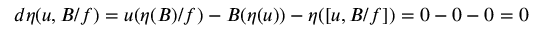
d \eta ( u , B / f ) = u ( \eta ( B ) / f ) - B ( \eta ( u ) ) - \eta ( [ u , B / f ] ) = 0 - 0 - 0 = 0